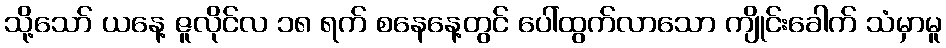
သို့သော် ယနေ့ ဇူလိုင်လ ၁၈ ရက် စနေနေ့တွင် ပေါ်ထွက်လာသော ကျိုင်းခေါက် သံမှာမူ